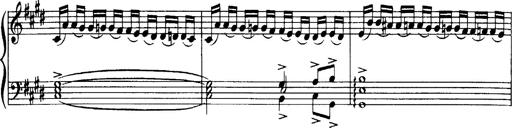
Title: OuvertÃ¼re zu TannhÃ¤user
Composer: Franz Liszt